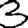
Digit: 3